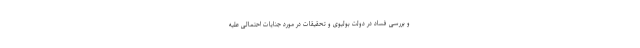
و بررسی فساد در دولت بولیوی و تحقیقات در مورد جنایات احتمالی علیه